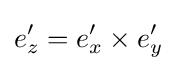
e_{z}'=e_{x}'\times e_{y}'